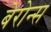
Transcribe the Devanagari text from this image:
बेरोन्स